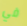
في